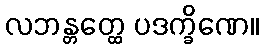
လဘန္တတ္ထေ ပဒက္ခိဏေ။